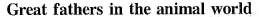
Great fathers in the animal world